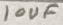
Text: 10uF